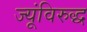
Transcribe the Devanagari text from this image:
ज्यूंविरुद्ध